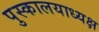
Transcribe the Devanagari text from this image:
पुस्कालयाध्यक्ष